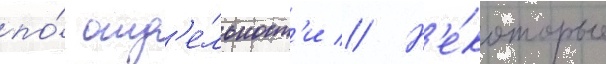
по́ отд'е́льност'и // Н'е́которые